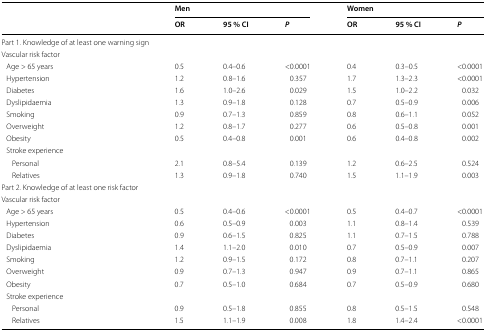
<table><thead><tr><td rowspan="2"></td><td colspan="3"><b>Men</b></td><td colspan="3"><b>Women</b></td></tr><tr><td><b>OR</b></td><td><b>95 % CI</b></td><td><b><i>P</i></b></td><td><b>OR</b></td><td><b>95 % CI</b></td><td><b><i>P</i></b></td></tr></thead><tbody><tr><td colspan="7">Part 1. Knowledge of at least one warning sign</td></tr><tr><td colspan="7">Vascular risk factor</td></tr><tr><td> Age &gt; 65 years</td><td>0.5</td><td>0.4–0.6</td><td>&lt;0.0001</td><td>0.4</td><td>0.3–0.5</td><td>&lt;0.0001</td></tr><tr><td> Hypertension</td><td>1.2</td><td>0.8–1.6</td><td>0.357</td><td>1.7</td><td>1.3–2.3</td><td>&lt;0.0001</td></tr><tr><td> Diabetes</td><td>1.6</td><td>1.0–2.6</td><td>0.029</td><td>1.5</td><td>1.0–2.2</td><td>0.032</td></tr><tr><td> Dyslipidaemia</td><td>1.3</td><td>0.9–1.8</td><td>0.128</td><td>0.7</td><td>0.5–0.9</td><td>0.006</td></tr><tr><td> Smoking</td><td>0.9</td><td>0.7–1.3</td><td>0.859</td><td>0.8</td><td>0.6–1.1</td><td>0.052</td></tr><tr><td> Overweight</td><td>1.2</td><td>0.8–1.7</td><td>0.277</td><td>0.6</td><td>0.5–0.8</td><td>0.001</td></tr><tr><td> Obesity</td><td>0.5</td><td>0.4–0.8</td><td>0.001</td><td>0.6</td><td>0.4–0.8</td><td>0.002</td></tr><tr><td colspan="7"> Stroke experience</td></tr><tr><td>Personal</td><td>2.1</td><td>0.8–5.4</td><td>0.139</td><td>1.2</td><td>0.6–2.5</td><td>0.524</td></tr><tr><td>Relatives</td><td>1.3</td><td>0.9–1.8</td><td>0.740</td><td>1.5</td><td>1.1–1.9</td><td>0.003</td></tr><tr><td>Part 2. Knowledge of at least one risk factor</td><td></td><td></td><td></td><td></td><td></td><td></td></tr><tr><td colspan="7">Vascular risk factor</td></tr><tr><td> Age &gt; 65 years</td><td>0.5</td><td>0.4–0.6</td><td>&lt;0.0001</td><td>0.5</td><td>0.4–0.7</td><td>&lt;0.0001</td></tr><tr><td> Hypertension</td><td>0.6</td><td>0.5–0.9</td><td>0.003</td><td>1.1</td><td>0.8–1.4</td><td>0.539</td></tr><tr><td> Diabetes</td><td>0.9</td><td>0.6–1.5</td><td>0.825</td><td>1.1</td><td>0.7–1.5</td><td>0.788</td></tr><tr><td> Dyslipidaemia</td><td>1.4</td><td>1.1–2.0</td><td>0.010</td><td>0.7</td><td>0.5–0.9</td><td>0.007</td></tr><tr><td> Smoking</td><td>1.2</td><td>0.9–1.5</td><td>0.172</td><td>0.8</td><td>0.7–1.1</td><td>0.207</td></tr><tr><td> Overweight</td><td>0.9</td><td>0.7–1.3</td><td>0.947</td><td>0.9</td><td>0.7–1.1</td><td>0.865</td></tr><tr><td> Obesity</td><td>0.7</td><td>0.5–1.0</td><td>0.684</td><td>0.7</td><td>0.5–0.9</td><td>0.680</td></tr><tr><td colspan="7"> Stroke experience</td></tr><tr><td>Personal</td><td>0.9</td><td>0.5–1.8</td><td>0.855</td><td>0.8</td><td>0.5–1.5</td><td>0.548</td></tr><tr><td>Relatives</td><td>1.5</td><td>1.1–1.9</td><td>0.008</td><td>1.8</td><td>1.4–2.4</td><td>&lt;0.0001</td></tr></tbody></table>